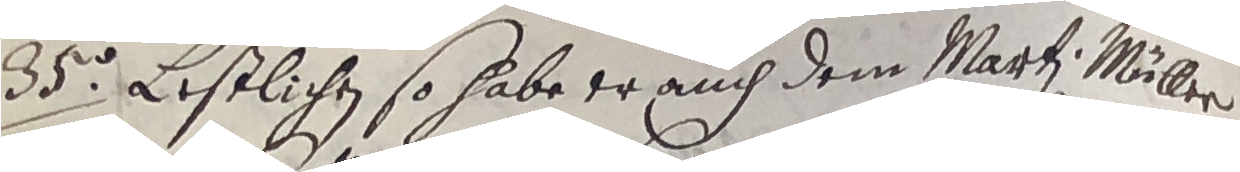
35. Eestlichen so habe er auch dem Marti Millern